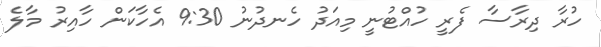
ހުރާ ދިރާސާ ފެރީ ހުއްޓުނީ މިއަދު ހެނދުނު 9:30 އެހާކަން ހާއިރު މާލެ